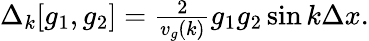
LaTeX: \begin{array}{r}{\Delta_{k}[g_{1},g_{2}]=\frac{2}{v_{g}(k)}g_{1}g_{2}\sin{k\Delta x}.}\end{array}